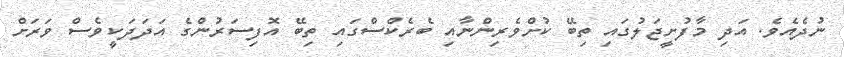
ނުދެއެވެ. އަދި މާފުށީޖަލުގައި ތިބޭ ކުށްވެރިންނާއި ބެރެކްސްގައި ތިބޭ އޮފިސަރުންގެ އަދަދަކީވެސް ވަރަށް